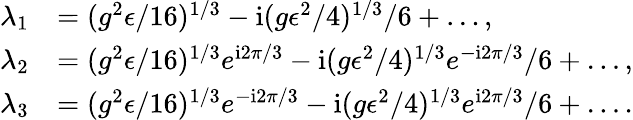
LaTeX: \begin{array}{rl}{\lambda_{1}}&{=(g^{2}\epsilon/16)^{1/3}-\mathrm{i}(g\epsilon^{2}/4)^{1/3}/6+\ldots,}\\ {\lambda_{2}}&{=(g^{2}\epsilon/16)^{1/3}e^{\mathrm{i}2\pi/3}-\mathrm{i}(g\epsilon^{2}/4)^{1/3}e^{-\mathrm{i}2\pi/3}/6+\ldots,}\\ {\lambda_{3}}&{=(g^{2}\epsilon/16)^{1/3}e^{-\mathrm{i}2\pi/3}-\mathrm{i}(g\epsilon^{2}/4)^{1/3}e^{\mathrm{i}2\pi/3}/6+\ldots.}\end{array}